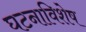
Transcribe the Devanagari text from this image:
घटनाविशेष